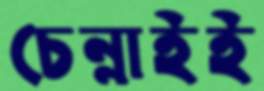
চেন্নাইই